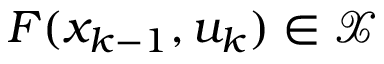
F ( x _ { k - 1 } , u _ { k } ) \in \mathcal { X }